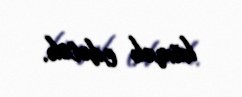
kömək edəcək.